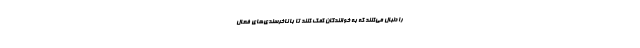
را دنبال می‌کنند که به خوانندگان کمک کنند تا با ناخرسندی‌های فعال